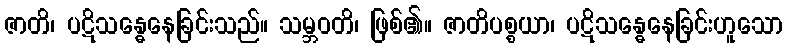
ဇာတိ၊ ပဋိသန္ဓေနေခြင်းသည်။ သမ္ဘဝတိ၊ ဖြစ်၏။ ဇာတိပစ္စယာ၊ ပဋိသန္ဓေနေခြင်းဟူသော